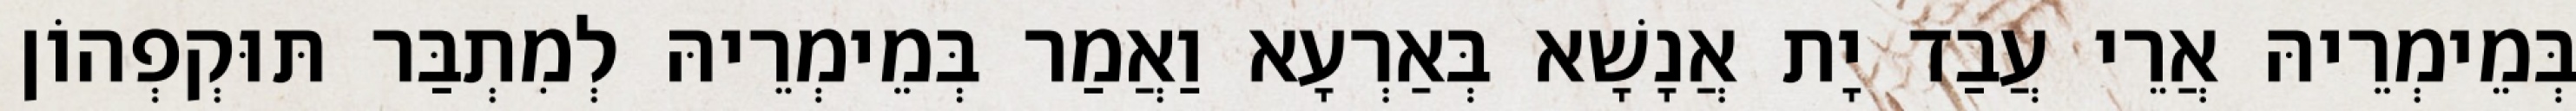
בְּמֵימְרֵיהּ אֲרֵי עֲבַד יָת אֲנָשָׁא בְּאַרְעָא וַאֲמַר בְּמֵימְרֵיהּ לְמִתְבַּר תּוּקְפְהוֹן